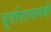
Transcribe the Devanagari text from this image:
सूर्यास्तासमयी